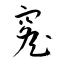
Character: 窰